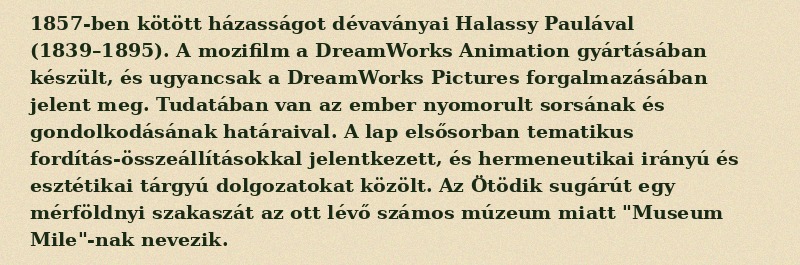
1857-ben kötött házasságot dévaványai Halassy Paulával (1839–1895). A mozifilm a DreamWorks Animation gyártásában készült, és ugyancsak a DreamWorks Pictures forgalmazásában jelent meg. Tudatában van az ember nyomorult sorsának és gondolkodásának határaival. A lap elsősorban tematikus fordítás-összeállításokkal jelentkezett, és hermeneutikai irányú és esztétikai tárgyú dolgozatokat közölt. Az Ötödik sugárút egy mérföldnyi szakaszát az ott lévő számos múzeum miatt "Museum Mile"-nak nevezik.